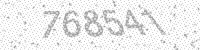
Solution: 768541